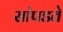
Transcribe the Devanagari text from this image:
सांपडते